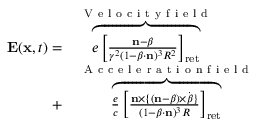
\begin{array} { r l } { \mathbf { E } ( \mathbf { x } , t ) = } & { { } \overbrace { e \left[ \frac { \mathbf { n } - \boldsymbol { \beta } } { \gamma ^ { 2 } ( 1 - \boldsymbol { \beta } \cdot \mathbf { n } ) ^ { 3 } R ^ { 2 } } \right] _ { \mathrm { r e t } } } ^ { \mathrm { ~ V ~ e ~ l ~ o ~ c ~ i ~ t ~ y ~ f ~ i ~ e ~ l ~ d ~ } } } \\ { + } & { { } \overbrace { \frac { e } { c } \left[ \frac { \mathbf { n } \times \{ ( \mathbf { n } - \boldsymbol { \beta } ) \times \dot { \boldsymbol { \beta } } \} } { ( 1 - \boldsymbol { \beta } \cdot \mathbf { n } ) ^ { 3 } R } \right] _ { \mathrm { r e t } } } ^ { \mathrm { ~ A ~ c ~ c ~ e ~ l ~ e ~ r ~ a ~ t ~ i ~ o ~ n ~ f ~ i ~ e ~ l ~ d ~ } } } \end{array}